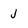
Character: j